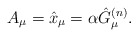
\begin{align*}A_{\mu}=\hat{x}_{\mu}=\alpha\hat{G}_{\mu}^{(n)}.\end{align*}